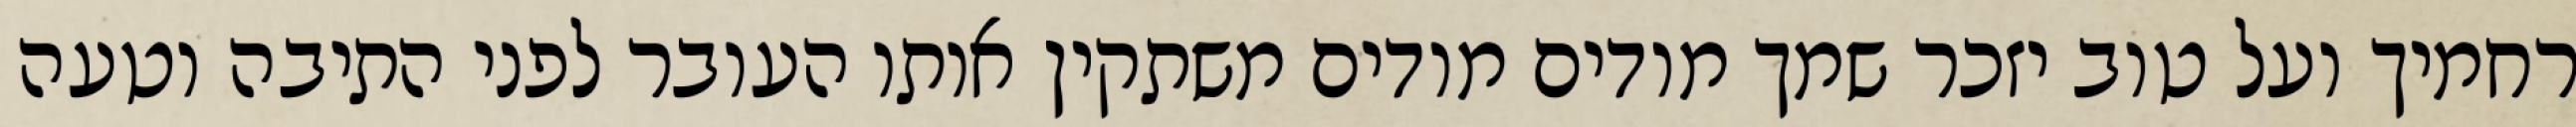
רחמיך ועל טוב יזכר שמך מודים מודים משתקין אותו העובר לפני התיבה וטעה